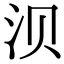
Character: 𬇙